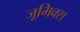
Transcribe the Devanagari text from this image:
जूमिक्स